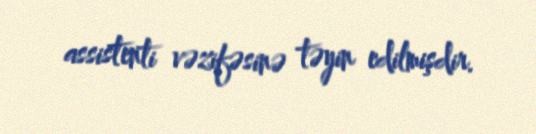
assistenti vəzifəsinə təyin edilmişdir.